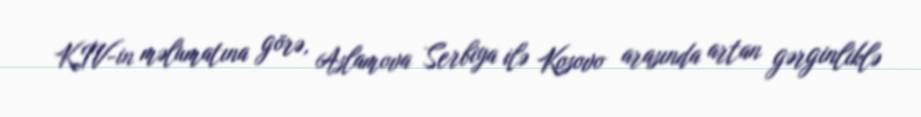
KİV-in məlumatına görə, Aslamova Serbiya ilə Kosovo arasında artan gərginliklə